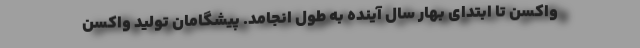
واکسن تا ابتدای بهار سال آینده به طول انجامد. پیشگامان تولید واکسن